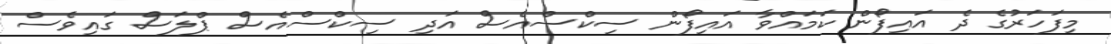
މިފަހަރުގެ ދެ އައިފޯން ކަމައްވާ އައިފޯން ސިކްސްއެސް އަދި ސިކްސްއެސް ޕްލަސް ގައިވެސް